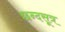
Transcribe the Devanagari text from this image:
छन्दसूत्र